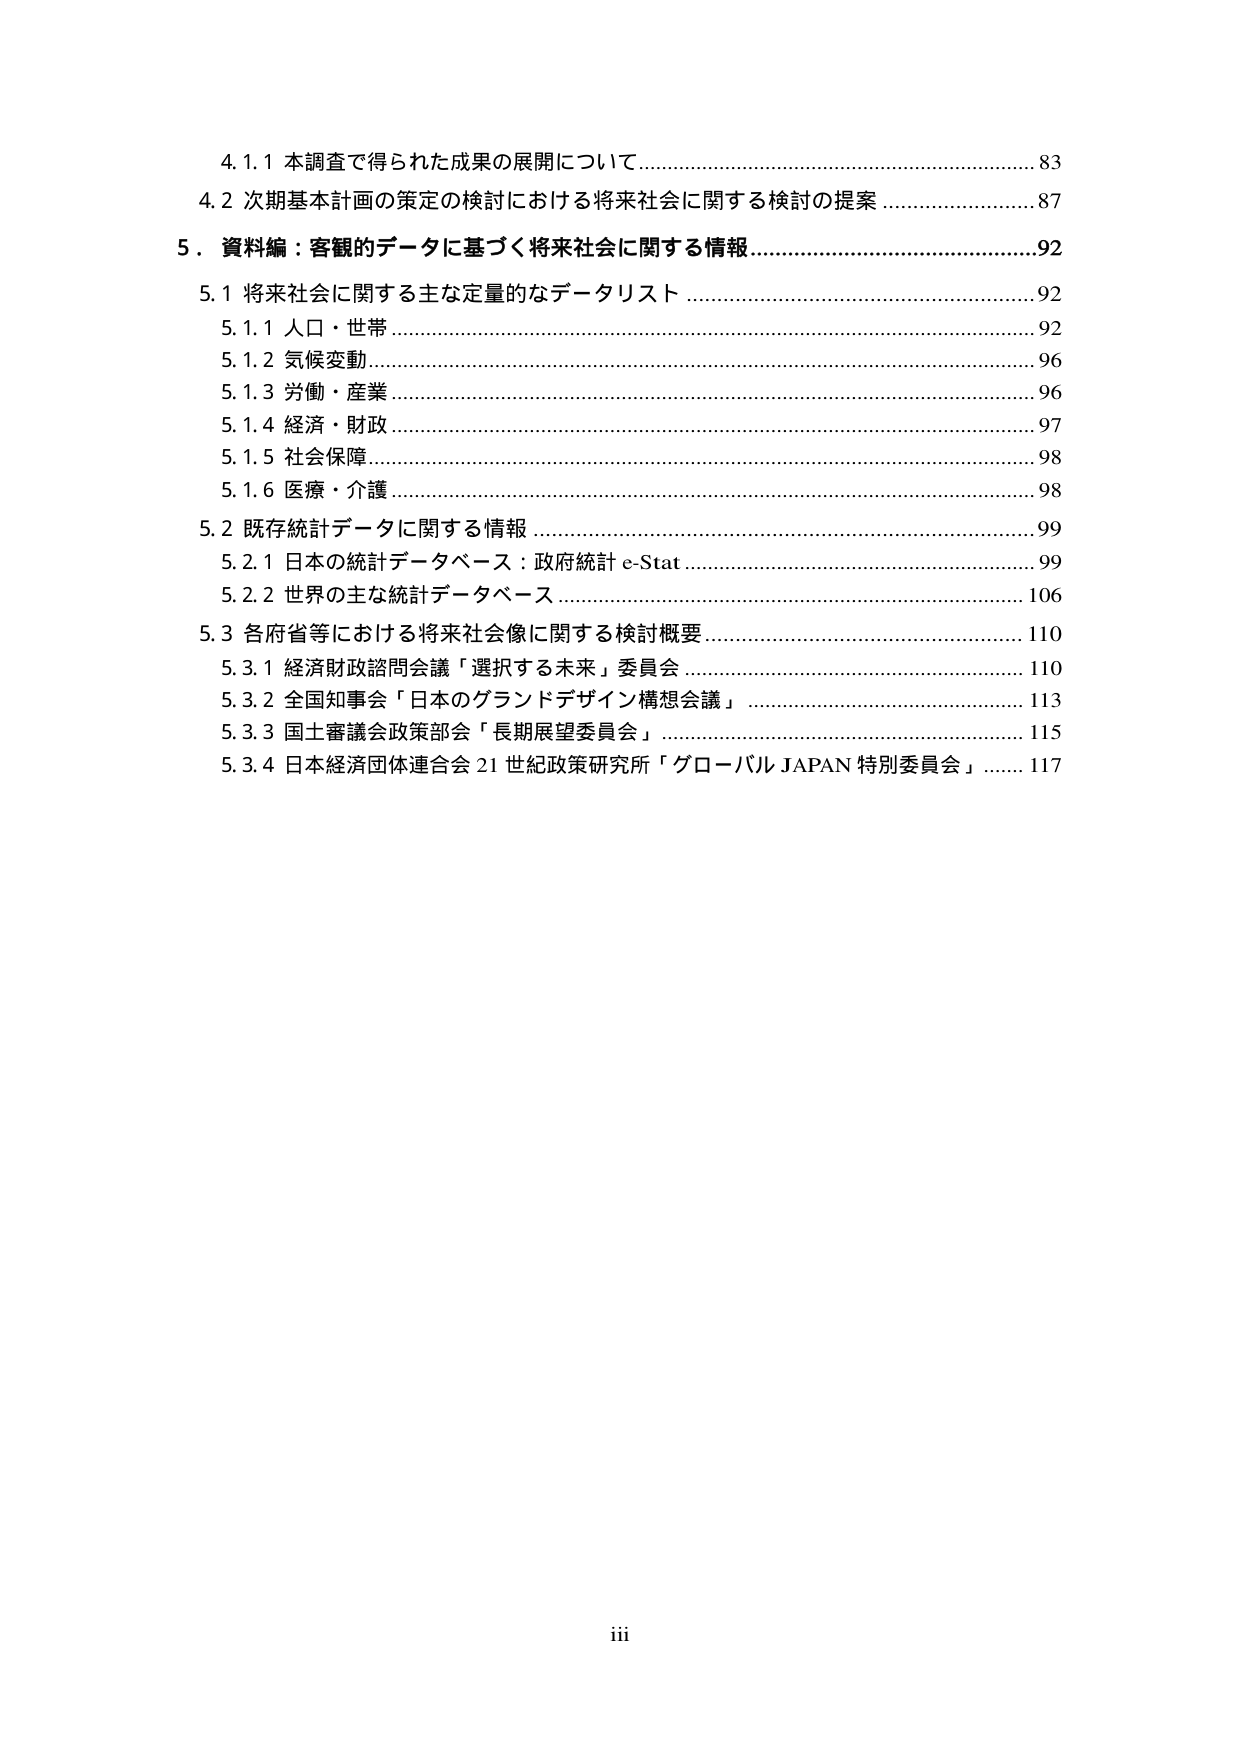
4.1.1 本調査で得られた成果の展開について...................................................83
4.2 次期基本計画の策定の検討における将来社会に関する検討の提案...................87
5. 資料編：客観的データに基づく将来社会に関する情報...................................92
5.1 将来社会に関する主な定量的なデータリスト..............................................92
5.1.1 人口・世帯...........................................................................................92
5.1.2 気候変動..............................................................................................96
5.1.3 労働・産業..........................................................................................96
5.1.4 経済・財政..........................................................................................97
5.1.5 社会保障..............................................................................................98
5.1.6 医療・介護..........................................................................................98
5.2 既存統計データに関する情報.................................................................99
5.2.1 日本の統計データベース：政府統計 e-Stat...........................................99
5.2.2 世界の主な統計データベース...........................................................106
5.3 各府省等における将来社会像に関する検討概要......................................110
5.3.1 経済財政諮問会議「選択する未来」委員会......................................110
5.3.2 全国知事会「日本のグランドデザイン構想会議」...........................113
5.3.3 国土審議会政策部会「長期展望委員会」.........................................115
5.3.4 日本経済団体連合会 21 世紀政策研究所「グローバル JAPAN 特別委員会」......117

iii